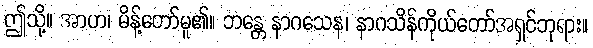
ဤသို့။ အာဟ၊ မိန့်တော်မူ၏။ ဘန္တေ နာဂသေန၊ နာဂသိန်ကိုယ်တော်အရှင်ဘုရား။